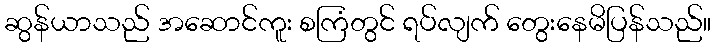
ဆွန်ယာသည် အဆောင်ကူး စကြံတွင် ရပ်လျက် တွေးနေမိပြန်သည်။